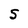
Character: S